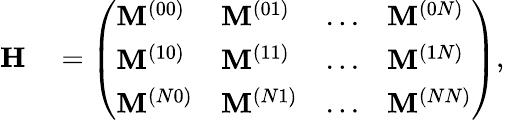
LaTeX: \begin{array}{rl}{\mathbf{H}}&{{}=\left(\begin{array}{llll}{\mathbf{M}^{(00)}}&{\mathbf{M}^{(01)}}&{...}&{\mathbf{M}^{(0N)}}\\ {\mathbf{M}^{(10)}}&{\mathbf{M}^{(11)}}&{...}&{\mathbf{M}^{(1N)}}\\ {\mathbf{M}^{(N0)}}&{\mathbf{M}^{(N1)}}&{...}&{\mathbf{M}^{(NN)}}\end{array}\right),}\end{array}